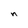
Character: n